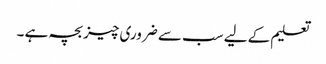
تعلیم کے لیے سب سے ضروری چیز بچہ ہے ۔